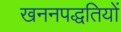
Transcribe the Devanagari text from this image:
खननपद्धतियों